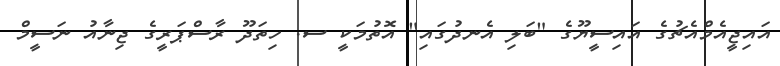
އައިޖީއެމްއެޗުގެ އައިސީޔޫގެ "ބަލި އެނދުގައި" އޮތުމަކީ ސ. ހިތަދޫ ރާސްޕަރީގެ ޖިނާއު ނަސީމް